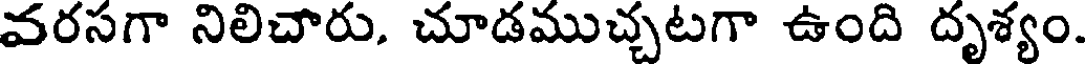
వరసగా నిలిచారు. చూడముచ్చటగా ఉంది దృశ్యం.